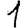
Digit: 1